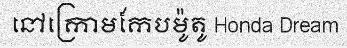
នៅក្រោមកែបម៉ូតូ Honda Dream